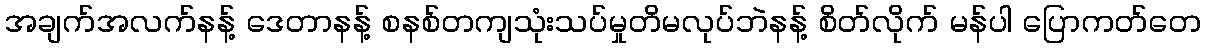
အချက်အလက်နန့် ဒေတာနန့် စနစ်တကျသုံးသပ်မှုတိမလုပ်ဘဲနန့် စိတ်လိုက် မန်ပါ ပြောကတ်တေ